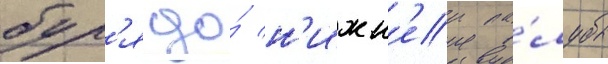
бул'я до́ н'ижн'еи па́лубы